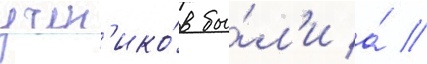
учен'ико́в бы́л'и а́ //